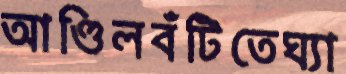
আণ্ডিলবঁটিতেঘ্যা